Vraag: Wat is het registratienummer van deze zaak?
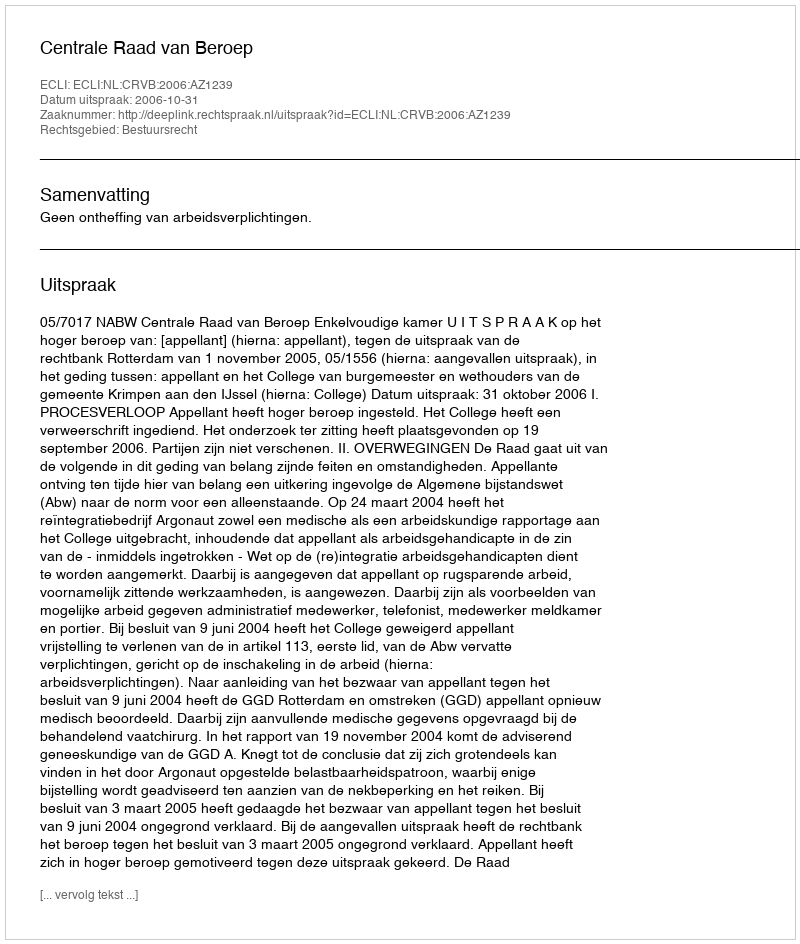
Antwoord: http://deeplink.rechtspraak.nl/uitspraak?id=ECLI:NL:CRVB:2006:AZ1239